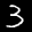
Label: 3